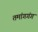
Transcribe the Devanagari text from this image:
तमांगगंग